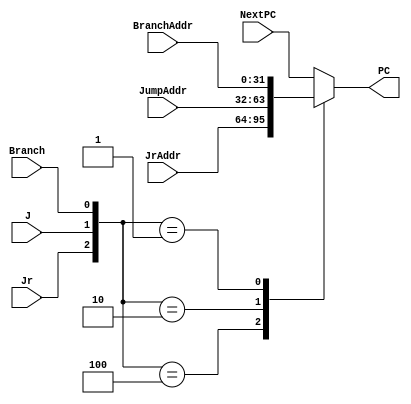
`timescale 1ns / 1ps
module MUX(
    NextPC,BranchAddr,JumpAddr,JrAddr,PC,Jr,J,Branch
    );
    input [31:0] NextPC,BranchAddr,JumpAddr,JrAddr;
    input Jr,J,Branch;
    output [31:0] PC;

    function [31:0] select;
        input [31:0] NextPC,BranchAddr,JumpAddr,JrAddr;
        input Jr,J,Branch;
        case({Jr,J,Branch})
            3'b100:select=JrAddr;
            3'b010:select=JumpAddr;
            3'b001:select=BranchAddr;
            default:select=NextPC;
        endcase
    endfunction
    assign PC=select(NextPC,BranchAddr,JumpAddr,JrAddr,Jr,J,Branch);
endmodule